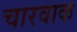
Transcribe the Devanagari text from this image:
चारवाक